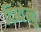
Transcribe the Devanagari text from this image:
दिब्येन्दु